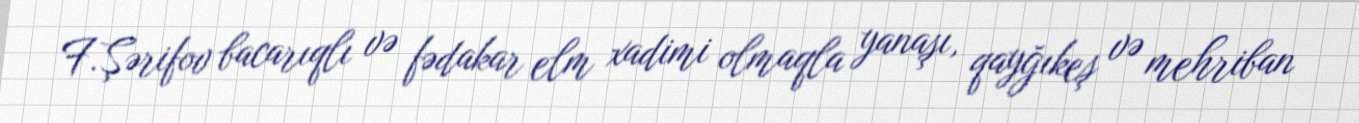
F.Şərifov bacarıqlı və fədakar elm xadimi olmaqla yanaşı, qayğıkeş və mehriban